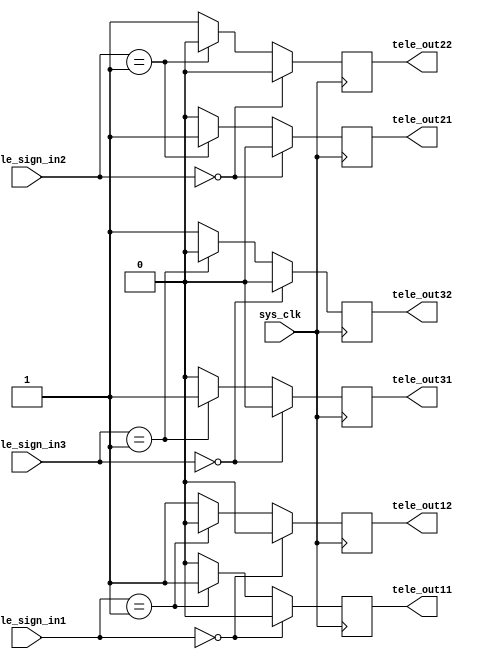
module analtsis_tele(
	sys_clk,
	tele_sign_in1,
	tele_out11,
	tele_out12,
	tele_sign_in2,
	tele_sign_in3,
	tele_out21,
	tele_out22,
	tele_out31,
	tele_out32);

	//---Ports declearation: generated by Robei---
	input sys_clk;
	input [1:0] tele_sign_in1;
	output tele_out11;
	output tele_out12;
	input [1:0] tele_sign_in2;
	input [1:0] tele_sign_in3;
	output tele_out21;
	output tele_out22;
	output tele_out31;
	output tele_out32;

	wire sys_clk;
	wire [1:0] tele_sign_in1;
	reg tele_out11;
	reg tele_out12;
	wire [1:0] tele_sign_in2;
	wire [1:0] tele_sign_in3;
	reg tele_out21;
	reg tele_out22;
	reg tele_out31;
	reg tele_out32;

	//----Code starts here: integrated by Robei-----
	//tele1
	always@(posedge sys_clk) begin
	         if(tele_sign_in1 == 0) begin
	                tele_out11 <= 0;
	                tele_out12 <= 0;
	         end     
	         else if(tele_sign_in1 == 1) begin
	                tele_out11 <= 1;
	                tele_out12 <= 0;
	         end
	         else begin
	                tele_out11 <= 0;
	                tele_out12 <= 1;
	         end
	
	end
	
	//tele1
	always@(posedge sys_clk) begin
	         if(tele_sign_in2 == 0) begin
	                tele_out21 <= 0;
	                tele_out22 <= 0;
	         end     
	         else if(tele_sign_in2 == 1) begin
	                tele_out21 <= 1;
	                tele_out22 <= 0;
	         end
	         else begin
	                tele_out21 <= 0;
	                tele_out22 <= 1;
	         end
	
	end
	
	//tele1
	always@(posedge sys_clk) begin
	         if(tele_sign_in3 == 0) begin
	                tele_out31 <= 0;
	                tele_out32 <= 0;
	         end     
	         else if(tele_sign_in3 == 1) begin
	                tele_out31 <= 1;
	                tele_out32 <= 0;
	         end
	         else begin
	                tele_out31 <= 0;
	                tele_out32 <= 1;
	         end
	
	end
	
	
	
endmodule    //analtsis_tele